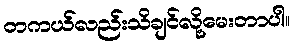
တကယ်လည်းသိချင်လို့မေးတာပါ။